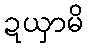
ဍယှာမိ